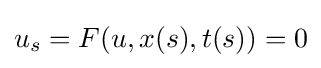
u_{s}=F(u,x(s),t(s))=0